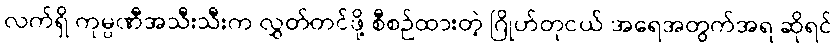
လက်ရှိ ကုမ္ပဏီအသီးသီးက လွှတ်တင်ဖို့ စီစဉ်ထားတဲ့ ဂြိုဟ်တုငယ် အရေအတွက်အရ ဆိုရင်